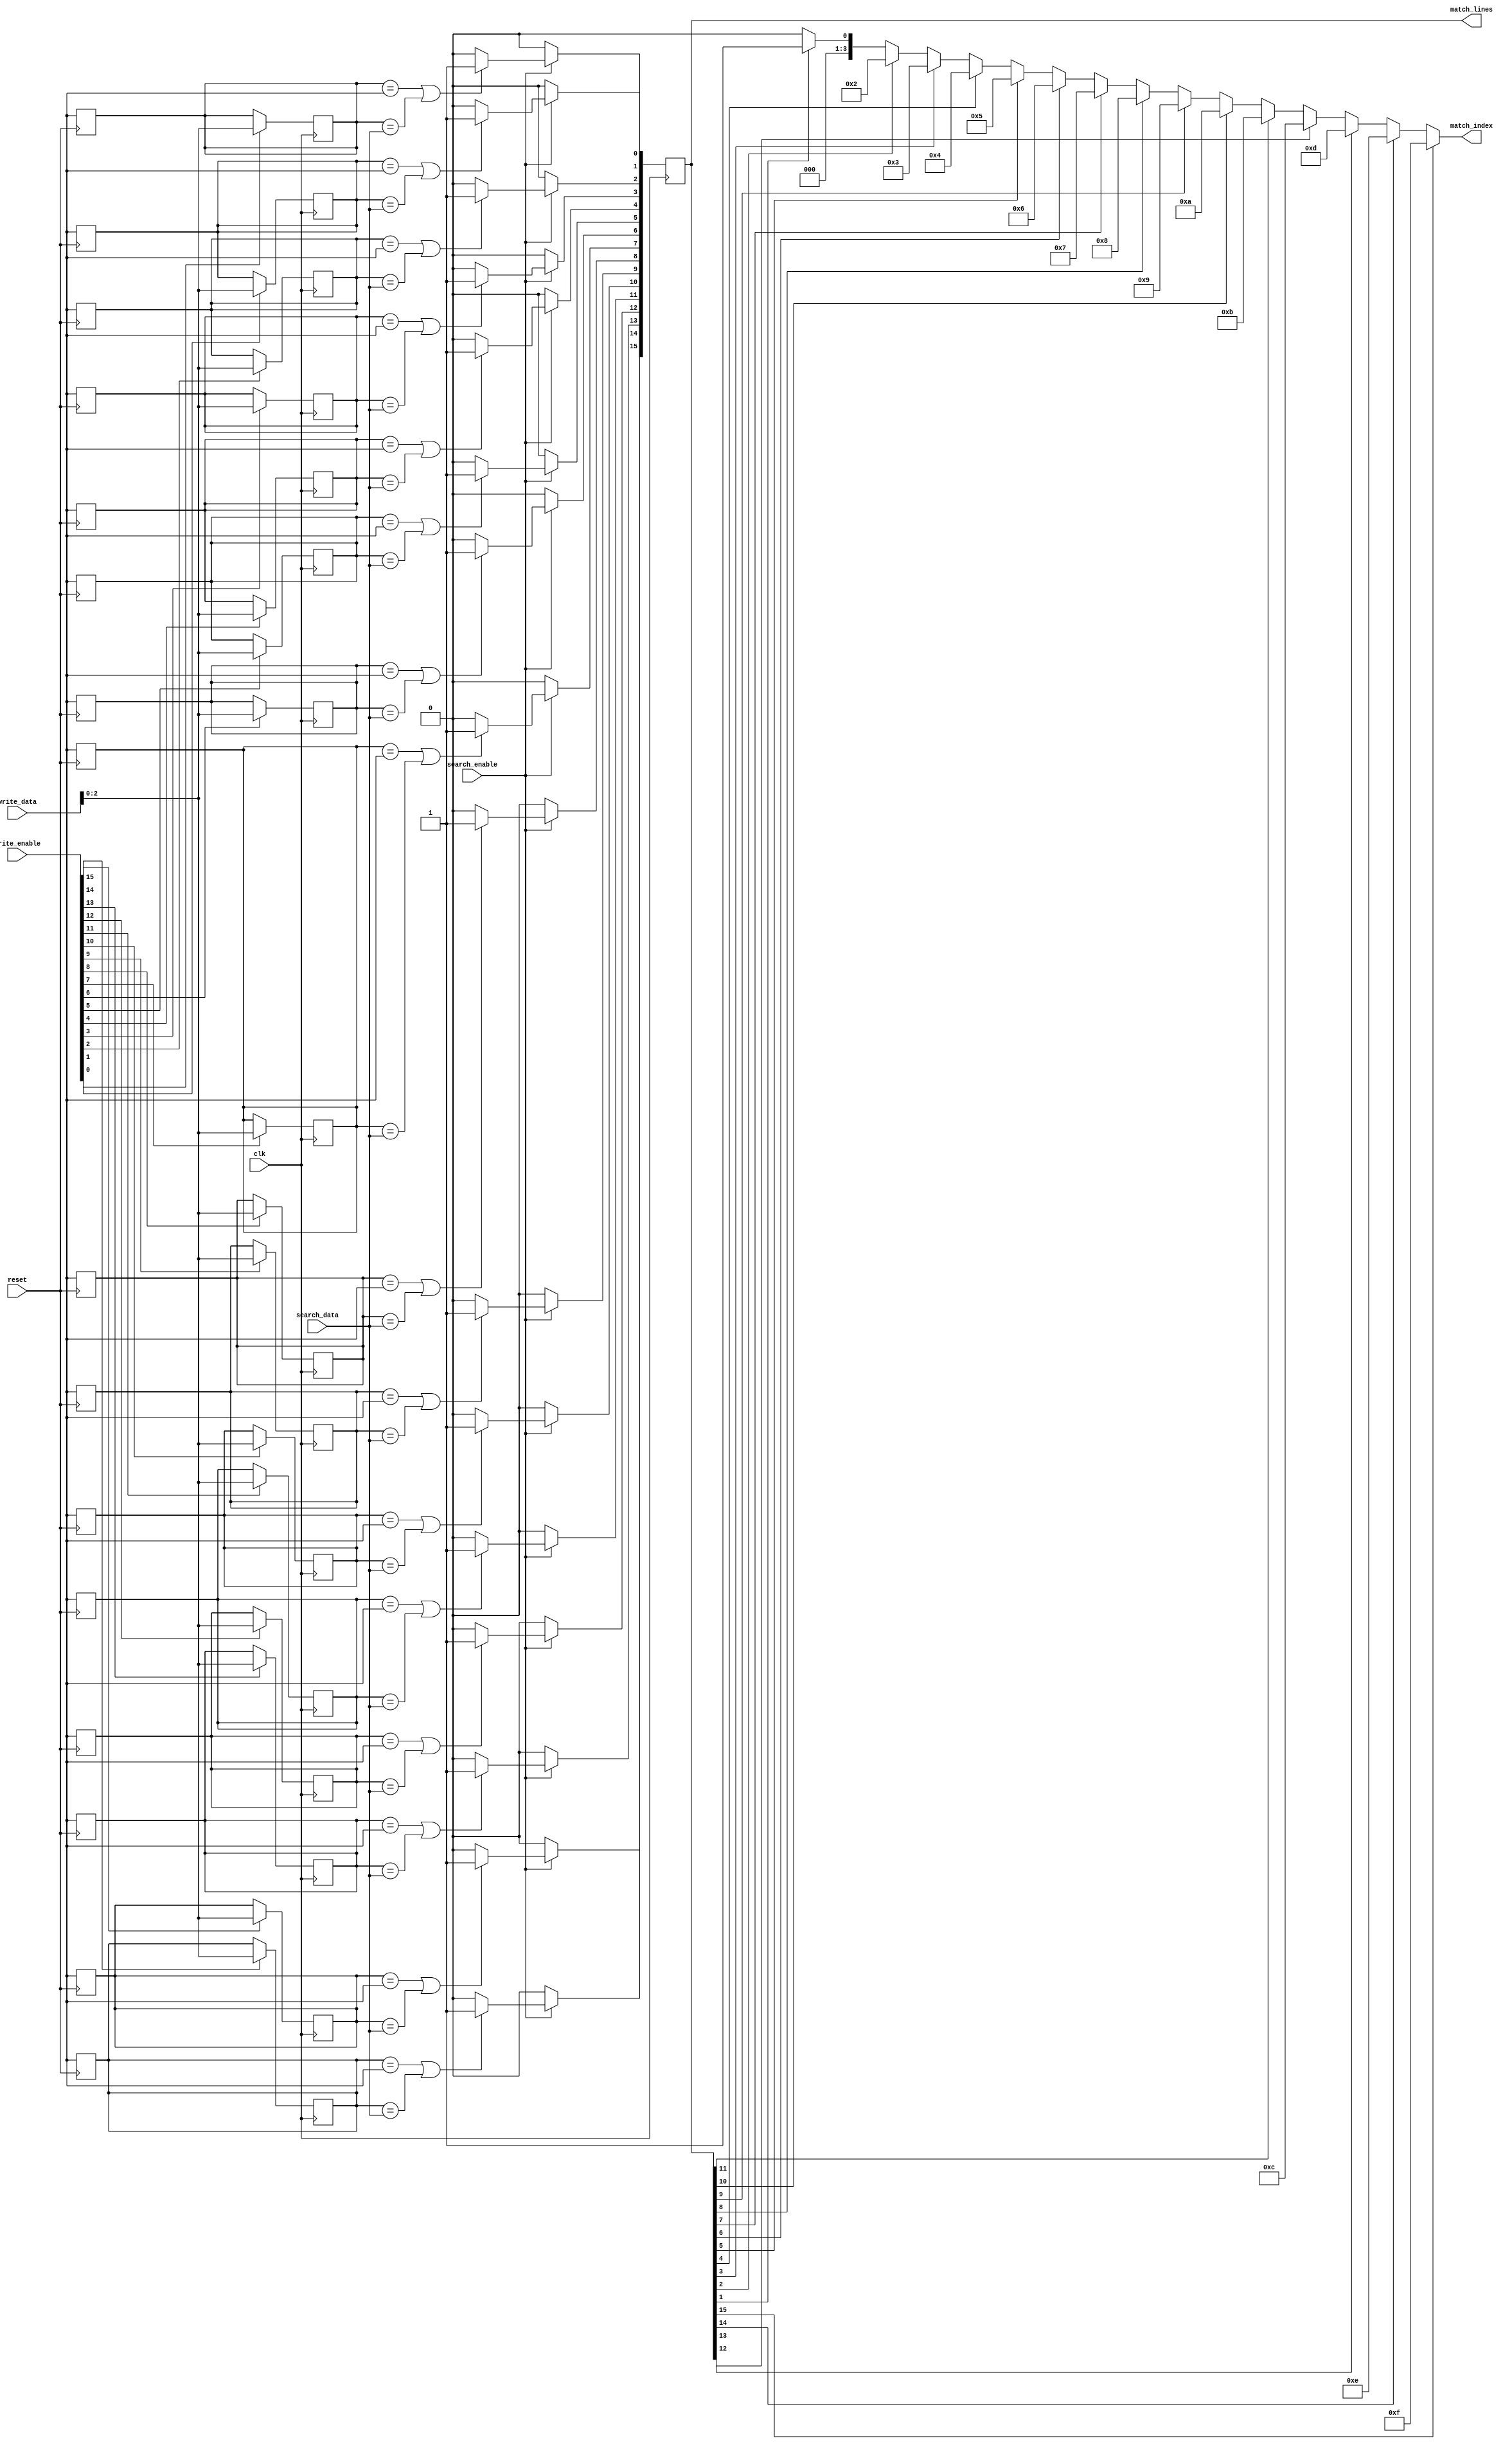
module ternary_cam #(
    parameter DATA_WIDTH = 8,   // Width of each entry
    parameter DEPTH = 16         // Number of entries
) (
    input wire clk,
    input wire reset,
    input wire [DATA_WIDTH-1:0] write_data,
    input wire [DATA_WIDTH-1:0] search_data,
    input wire [DEPTH-1:0] write_enable, // 1 for write, 0 for no write
    input wire search_enable,             // 1 to perform search, 0 to idle
    output reg [DEPTH-1:0] match_lines,  // Match output for each entry
    output reg [$clog2(DEPTH)-1:0] match_index // Index of highest priority match
);

    // Memory array for storing ternary data
    reg [2:0] memory [0:DEPTH-1]; // 2 bits for '0', '1', 'X'

    // Initialize memory cells on reset
    integer i;
    always @(posedge reset) begin
        for (i = 0; i < DEPTH; i = i + 1) begin
            memory[i] <= 3'bX; // Initialize memory with 'X'
        end
    end

    // Write data into memory
    always @(posedge clk) begin
        for (i = 0; i < DEPTH; i = i + 1) begin
            if (write_enable[i]) begin
                memory[i] <= {1'b0, write_data}; // Store write data
            end
        end
    end

    // Search logic
    always @(posedge clk) begin
        if (search_enable) begin
            match_lines = 0; // Clear match lines
            for (i = 0; i < DEPTH; i = i + 1) begin
                // Match logic
                if (memory[i][2:0] == 3'bX || memory[i][2:0] == {1'b0, search_data} || memory[i][2:0] == {1'b1, search_data}) begin
                    match_lines[i] = 1'b1; // Set match line
                end
            end
        end else begin
            match_lines = 0; // Clear match lines if not searching
        end
    end

    // Match priority logic
    always @(*) begin
        match_index = 0; // Default to first entry
        for (i = 1; i < DEPTH; i = i + 1) begin
            if (match_lines[i]) begin
                match_index = i; // Update match index for highest priority
            end
        end
    end

endmodule